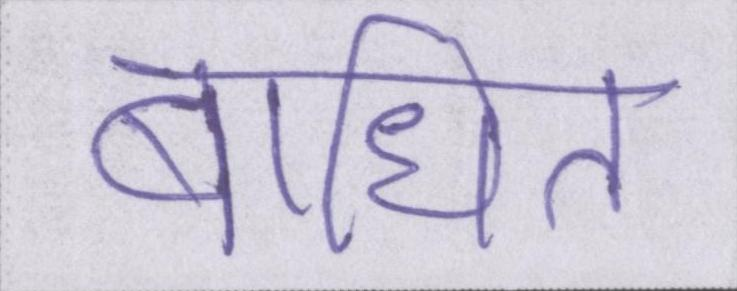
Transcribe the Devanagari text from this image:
बाधित